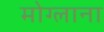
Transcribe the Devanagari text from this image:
मोग्लाना